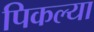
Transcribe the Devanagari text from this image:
पिकल्या